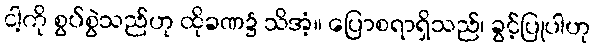
ငါ့ကို စွပ်စွဲသည်ဟု ထိုခဏ၌ သိအံ့။ ပြောစရာရှိသည်၊ ခွင့်ပြုပါဟု